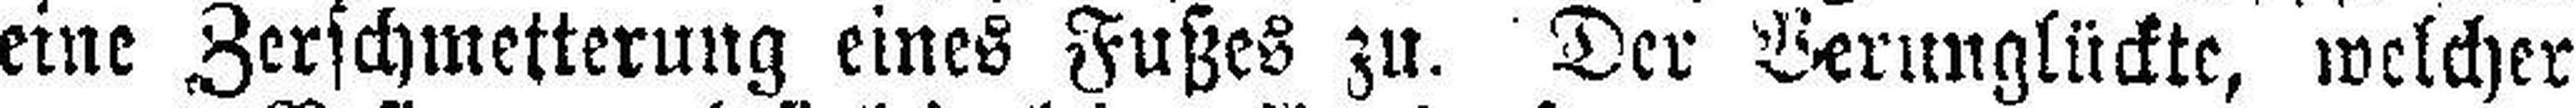
eine Zerschmetterung eines Fußes zu. Der Verunglückte, welcher